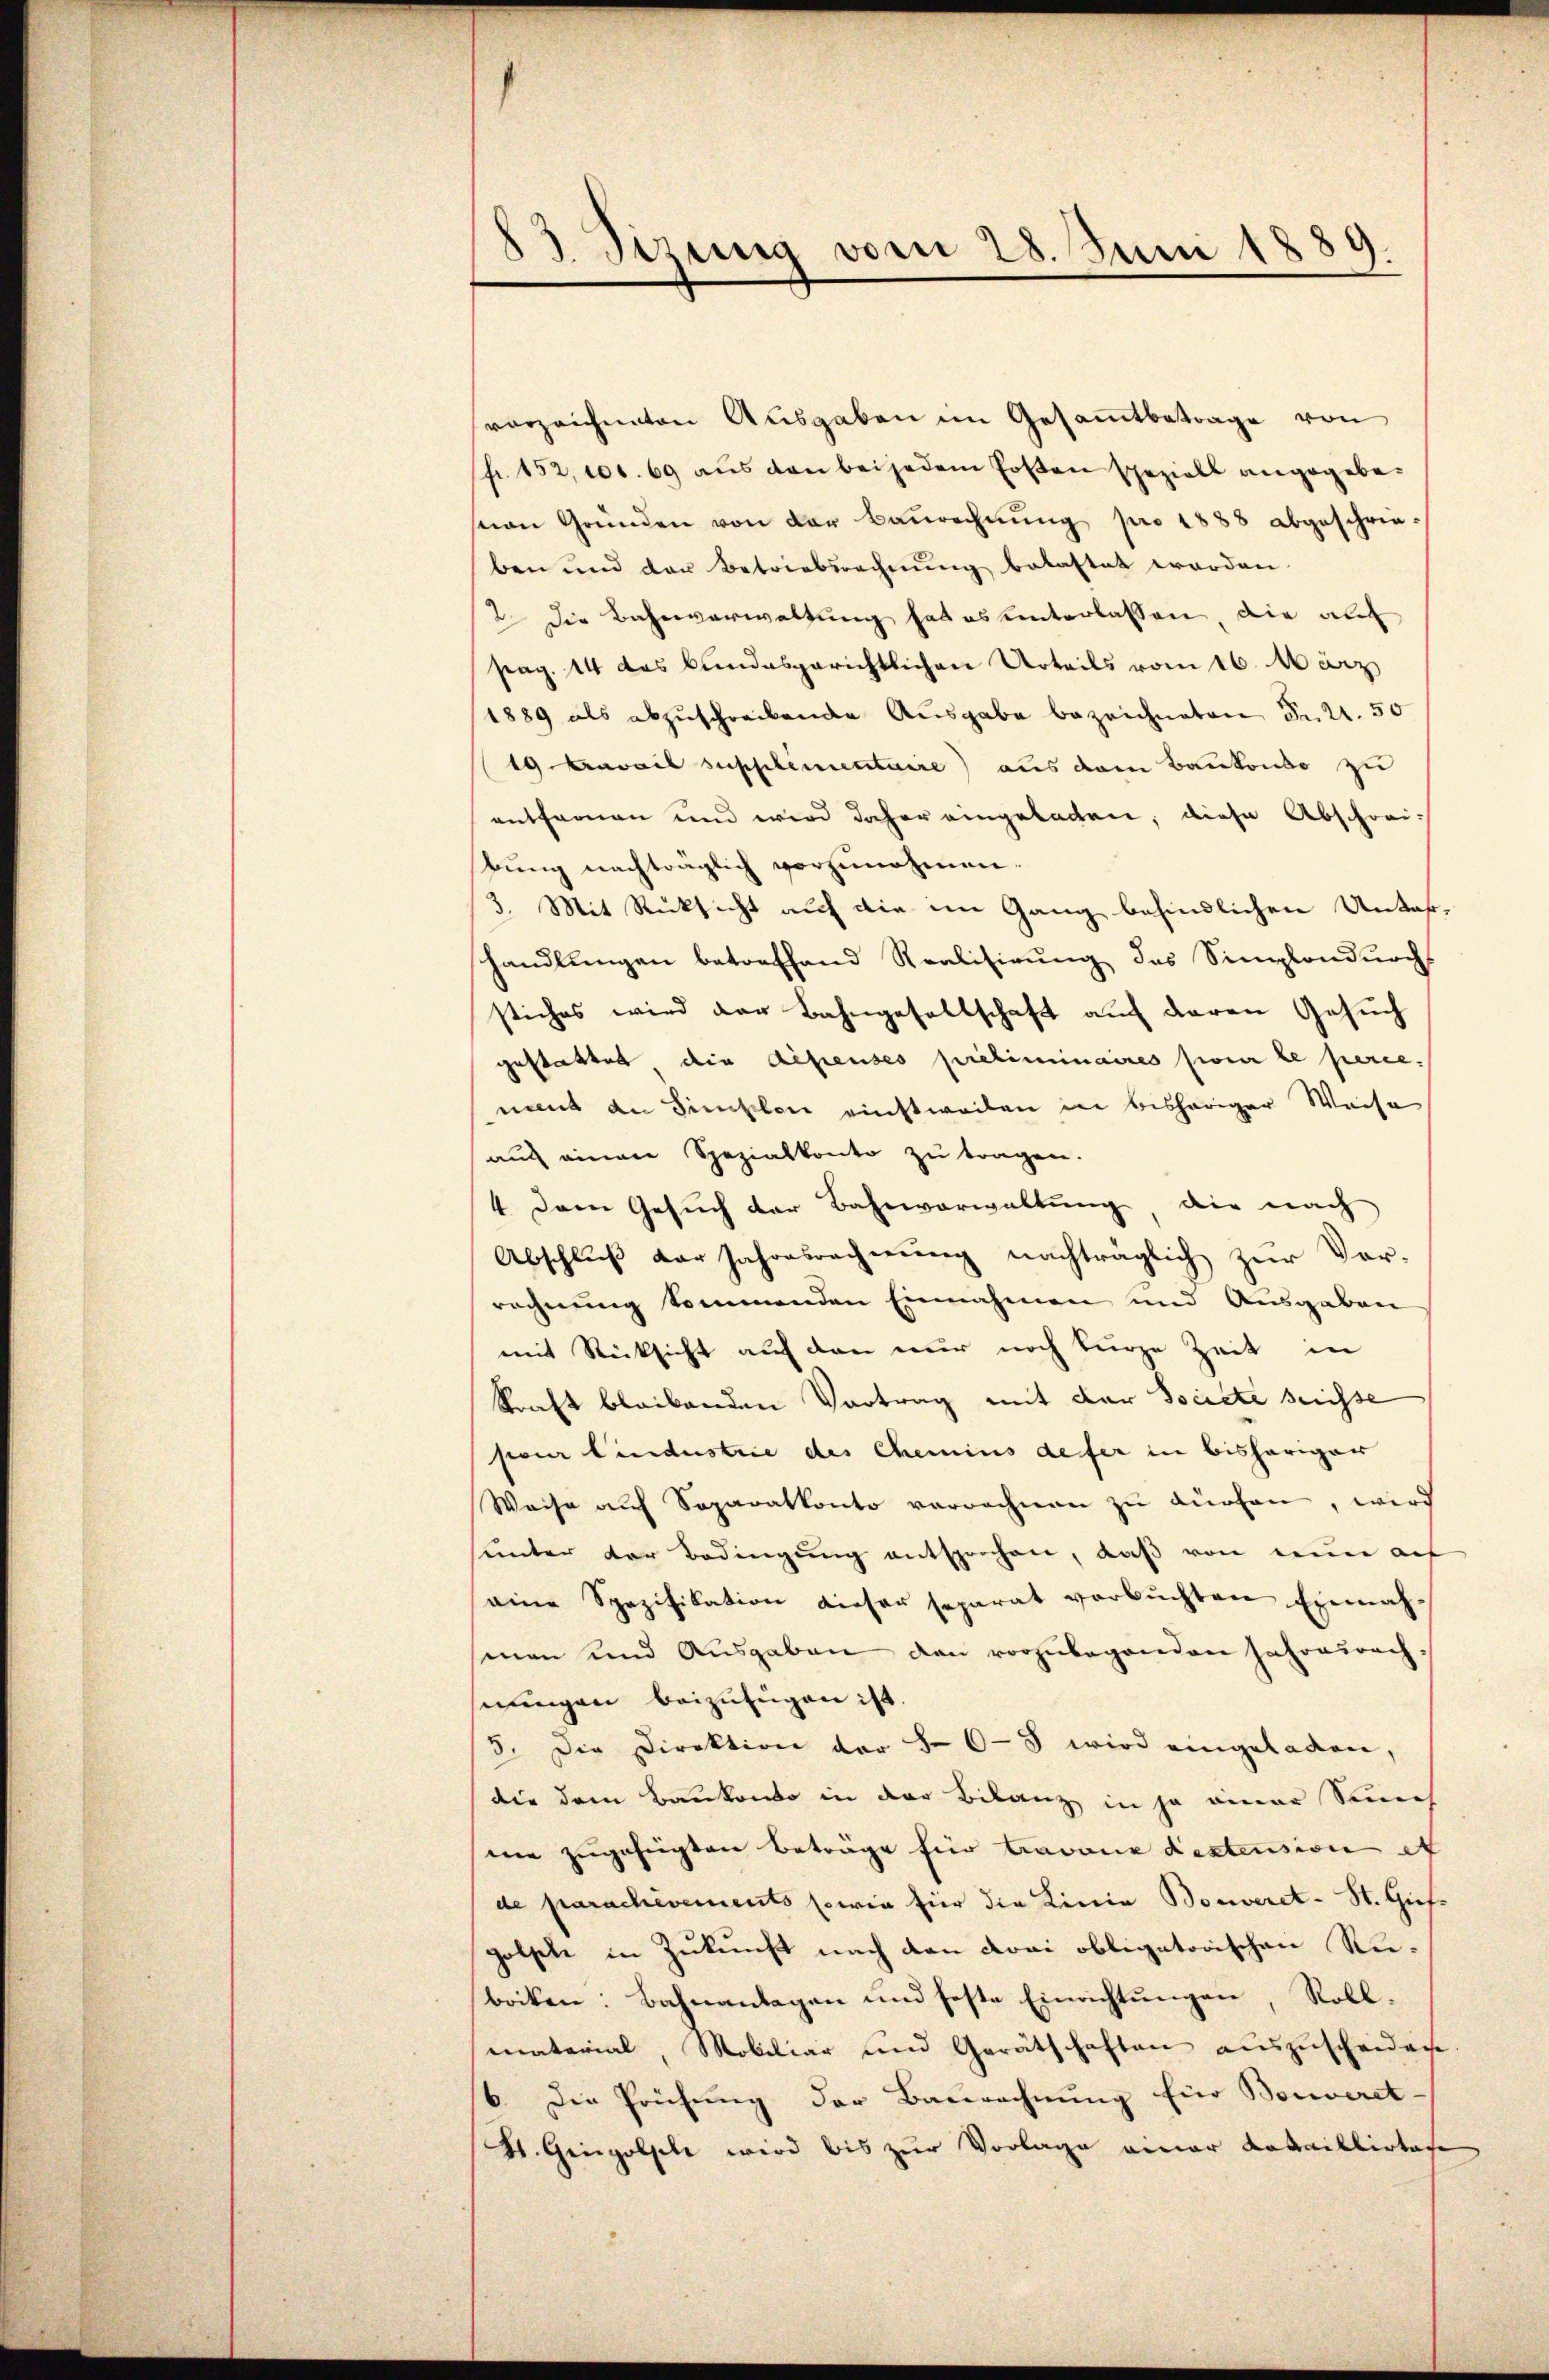
83 Sizung vom 28. Juni 1889.

vorzeichneten Ausgaben im Gesamtbetrage von
(fr. 152, 100. 69 aus den bei jedem Ersten speziell angegebeean Gründen von der Baŭrechnŭng pro 1888 abgeschrie-
ben und der Betriebsrechnŭng belastet worden.
2 die Bahnverwaltung hat es unterlassen, die auch
pag. 14 das bundesgerichtlichen Urteils vom 16. März
1889 als abzŭschreibende Ausgabe bezeichneten Fr. 21. 50
19 Cravail supplementaire) aus dem Baukonto zu
entfernen und wird daher eingeladen, diese Abschreibŭng nachträglich vorzunehmen.
3. Mit Rücksicht auf die im Gang befindlichen Unterhandlungen betreffend Realisirung des Semplondurchs
stiches wird der Bahngesellschaft auf deren Gesuch
gestattet die difenses préliminaires sie le perie.
nant an Finslen nichtweilen in bisheriger Weise
auf einen Spezialkonto zu tragen.
4 Dem Gesuch der Bahnverwaltung, die nach
Abschluß der Jahresrechnung nachträglich zur Vorrechnung kommenden Einnahmen und Ausgaben
mit Rücksicht auf den nur noch kurze Zeit in
kraft bleibenden Vortrag mit der Societe sechse
pour findustrie des Chemins defer in bisheriger
Weise auf Separatkonto verrechnen zu dürfen, wird
unter der Bedingung entsprochen, daß von eine auf
eine Spezifikation dieser separat verbuchten Einnahsenen und Ausgaben den vorzubeganden Jahresrech-
nungen beizufügen ist.
3. Die Direktion der 86-8 wird eingeladen,
die dem Baukonto in der Bilanz in ja einer Sich
ne zugefügten Beträge für Barone destension et
de parchivements sowie für die Linie Bonveret - St. Giefgolsche in Zukunft nach den Lori obligatorischen Rubocken: Bahnanlagen und feste Einrichtungen, Roll-
material, Mobiliar und Gerätschaften aŭszŭscheiden
6. Die Prüfung der Baurechnung für Bonveret-
H. Gingolsele wird bis zur Vorlage einer Kataillirtese